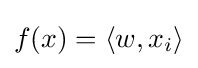
f(x)=\langle w,x_{i}\rangle